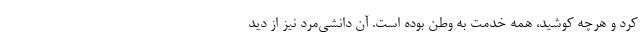
کرد و هرچه کوشید، همه خدمت به وطن بوده است. آن دانشی‌مرد نیز از دید